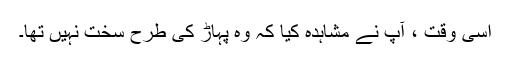
اسی وقت ، آپ نے مشاہدہ کیا کہ وہ پہاڑ کی طرح سخت نہیں تھا۔